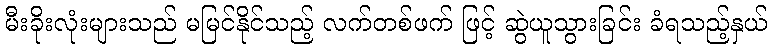
မီးခိုးလုံးများသည် မမြင်နိုင်သည့် လက်တစ်ဖက် ဖြင့် ဆွဲယူသွားခြင်း ခံရသည့်နှယ်